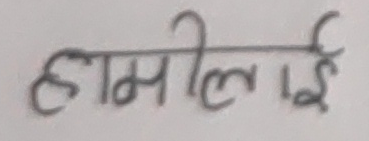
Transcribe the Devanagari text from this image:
हामीलाई